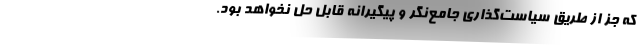
که جز از طریق سیاست‌گذاری جامع‌نگر و پیگیرانه قابل حل نخواهد بود.